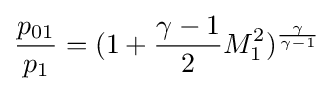
{\frac {p_{01}}{p_{1}}}=(1+{\frac {\gamma -1}{2}}M_{1}^{2})^{\frac {\gamma }{\gamma -1}}